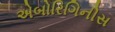
એબોરિગિનીસ